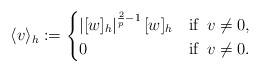
\begin{align*}\langle v\rangle_h:=\begin{cases}\left|[w]_h\right|^{\frac{2}{p}-1}[w]_h&\textrm{if}\,\,\,v \neq 0,\\0 &\textrm{if}\,\,\,v \neq 0.\end{cases}\end{align*}